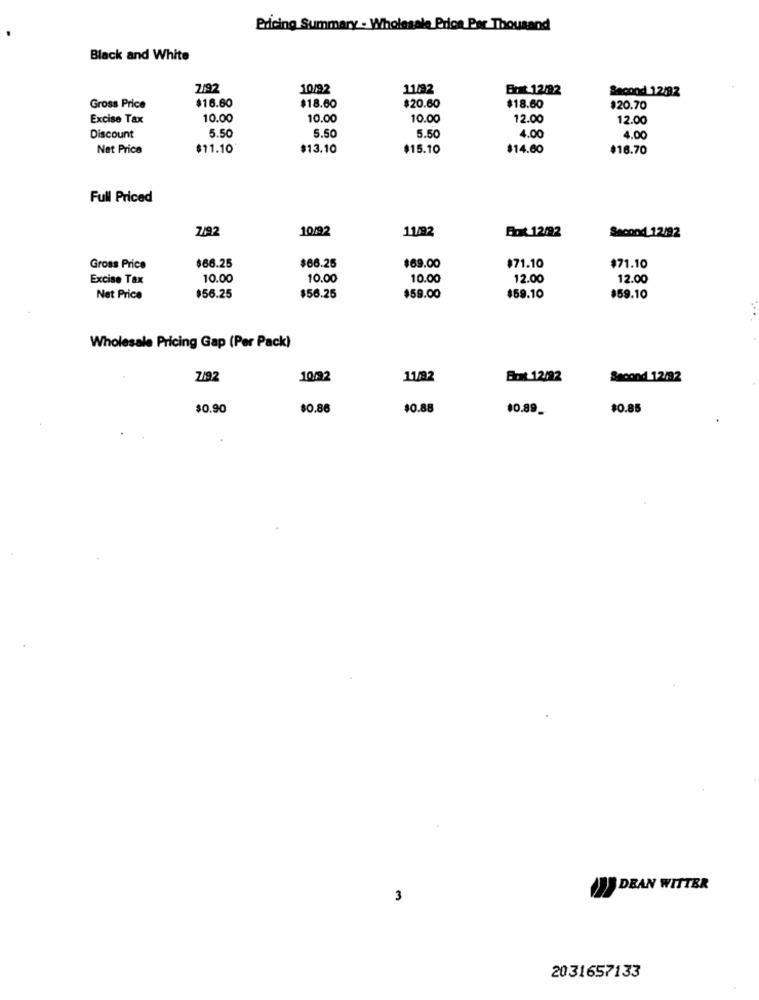
Pricing Summary - Wholesale Price Per Thousand
Black and White
7/92
10/92
11/92
Ent 12/92
Second 12/92
Gross Price
$16.60
$18.60
$20.60
$18.60
$20.70
Excise Tax
10.00
10.00
10.00
12.00
12.00
5.50
5.50
5.50
Discount
4.00
4.00
Net Price
$11.10
$13.10
$15.10
$14.60
$16.70
Full Priced
7/92
10/92
11/92
But 12/92
Second 12/92
$66.25
$66.25
Gross Price
$69.00
$71.10
$71.10
Excise Tax
10.00
10.00
10.00
12.00
12.00
Net Price
$56.25
$56.25
$59.00
$59.10
$59.10
Wholesale Pricing Gap (Per Pack)
7/92
10/92
11/92
But 12/92
Second 12/92
$0.90
$0.86
$0.88
10.89_
$0.85
DEAN WITTER
3
2031657133